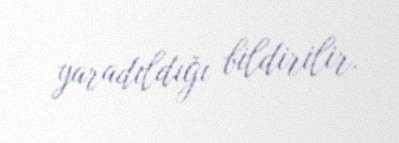
yaradıldığı bildirilir.